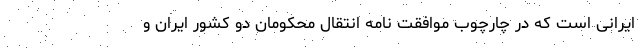
ایرانی است که در چارچوب موافقت نامه انتقال محکومان دو کشور ایران و